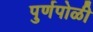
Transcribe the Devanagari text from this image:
पुर्णपोळी